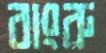
বাংরু